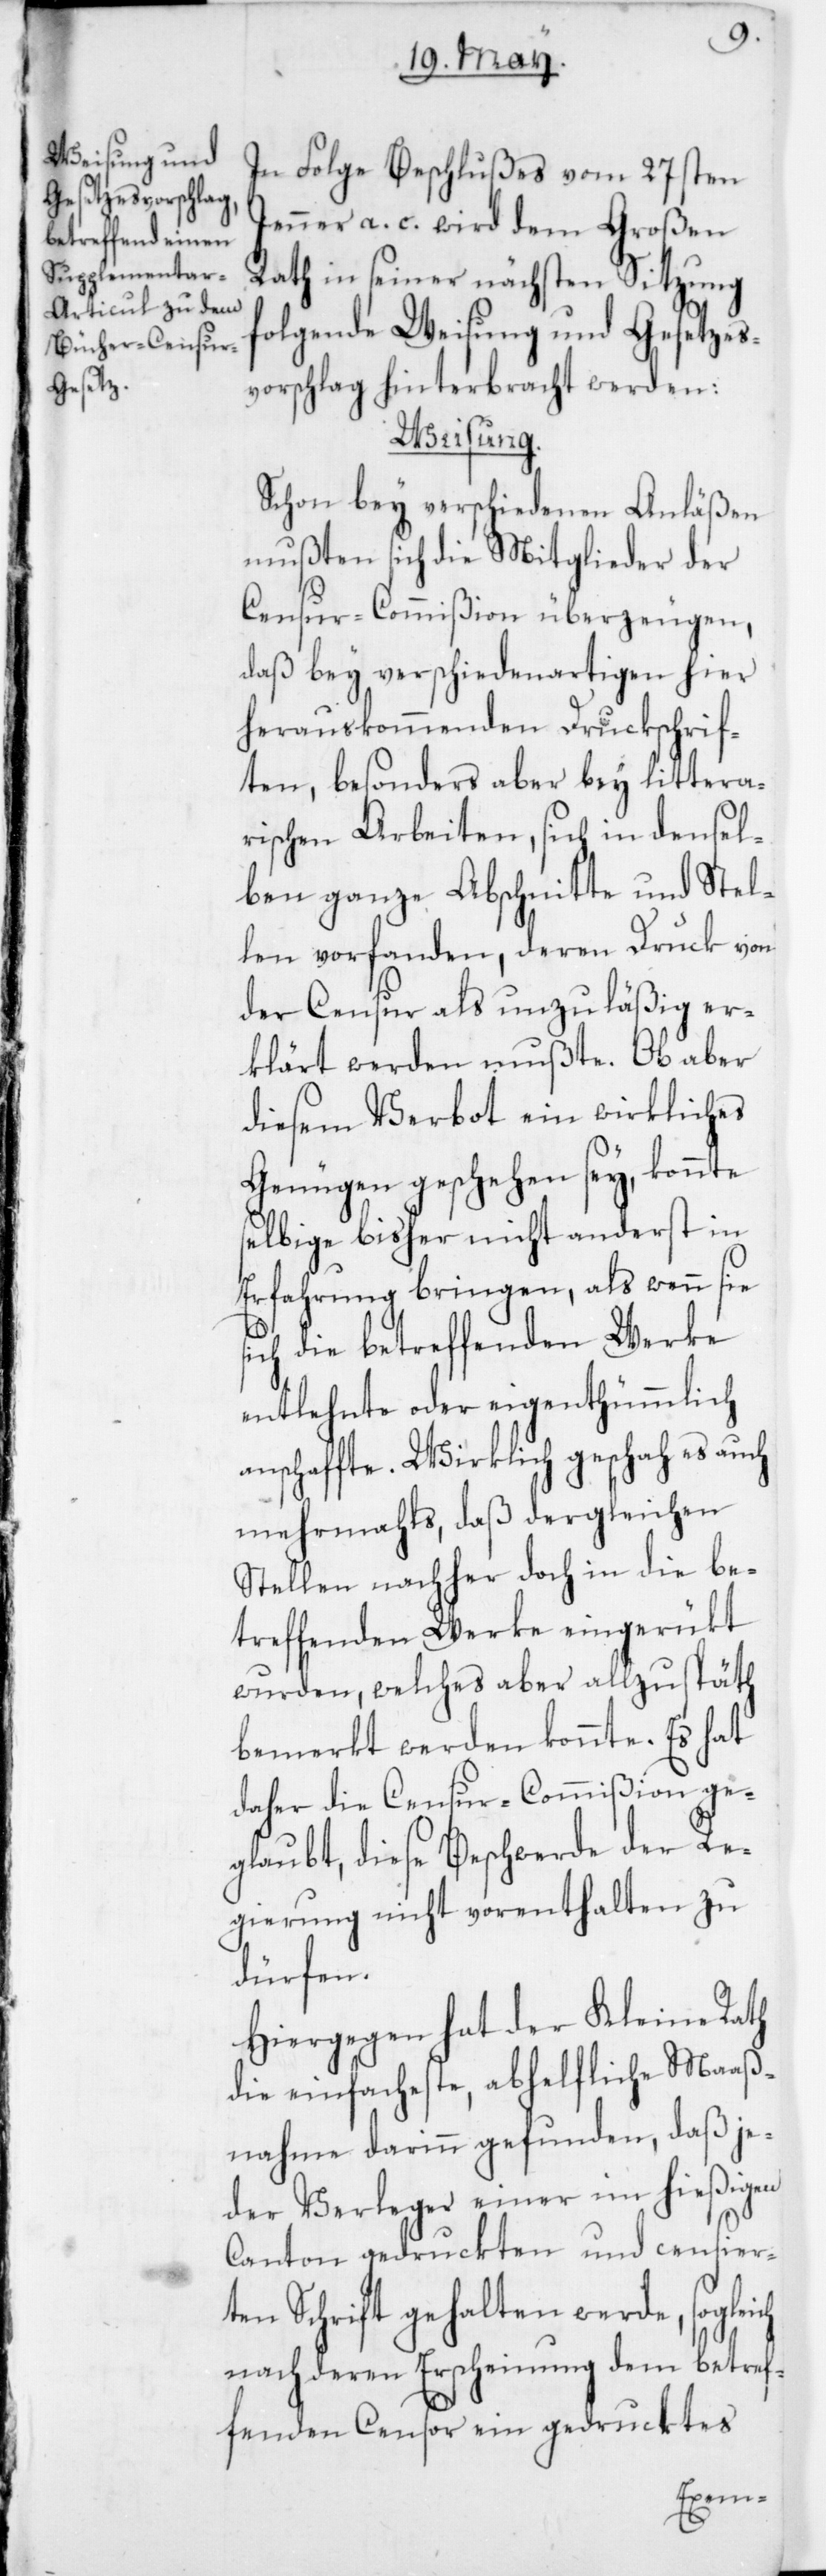
In Folge Beschlußes vom 27sten
Jenner a. c. wird dem Großen
Rath in seiner nächsten Sitzung
folgende Weisung und Gesetzes¬
vorschlag hinterbracht werden:
Weisung.
Schon bey verschiedenen Anläßen
mußten sich die Mitglieder der
Censur-Commißion überzeugen,
daß bey verschiedenartigen hier
herauskommenden Druckschrif¬
ten, besonders aber bey littera¬
rischen Arbeiten, sich in densel¬
ben ganze Abschnitte und Stel¬
len vorfanden, deren Druck von
der Censur als unzuläßig er¬
klärt werden mußte. Ob aber
diesem Verbot ein wirkliches
Genügen geschehen sey, konnte
selbige bisher nicht anderst in
Erfahrung bringen, als wenn sie
sich die betreffenden Werke
entlehnte oder eigenthümmlich
anschaffte. Wirklich geschah es auch
mehrmahls, daß dergleichen
Stellen nachher doch in die be¬
treffenden Werke eingerückt
wurden, welches aber allzu spät
bemerkt werden konnte. Es hat
daher die Censur-Commißion ge¬
glaubt, diese Beschwerde der Re¬
gierung nicht vorenthalten zu
dürfen.
Hiergegen hat der Kleine Rath
die einfacheste, abhelfliche Maaß¬
nahme darinn gefunden, daß je¬
der Verleger einer im hießigen
Canton gedruckten und censier¬
ten Schrift gehalten werde, sogleich
nach deren Erscheinung dem betref¬
fenden Censor ein gedrucktes